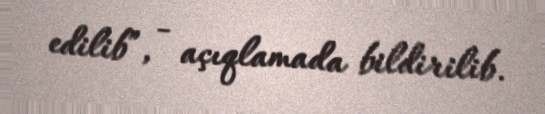
edilib”, - açıqlamada bildirilib.